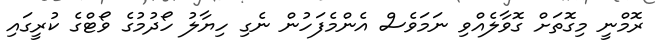
ރޮމްނީ މިގޮތަށް ގޮވާލެއްވި ނަމަވެސް އެންމެފަހުން ނެގި ހިޔާލު ހޯދުމުގެ ވޯޓްގެ ކުރީގައި